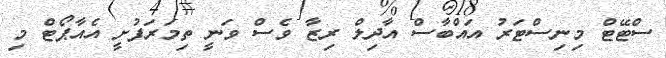
ސްޓޭޓް މިނިސްޓަރު އައްބާސް އާދިލް ރިޒާ ވެސް ވަނީ ތިމަރަފުށީ އެއާޕޯޓް މި